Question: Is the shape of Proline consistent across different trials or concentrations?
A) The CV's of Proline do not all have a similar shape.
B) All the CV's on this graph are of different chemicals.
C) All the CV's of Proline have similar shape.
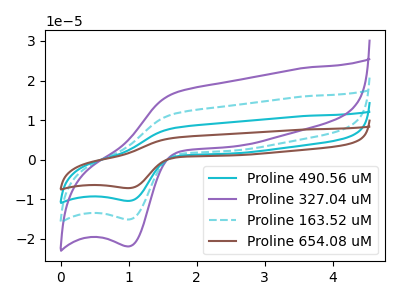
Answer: <think>The cyan curve "Proline 490.56 uM" has an anodic peak at (1.70V, 23.30uA) and a cathodic peak at (1.00V, -30.20uA). The purple curve "Proline 327.04 uM" has an anodic peak at (1.70V, 16.90uA) and a cathodic peak at (1.00V, -21.90uA). The cyan dashed curve "Proline 163.52 uM" has an anodic peak at (1.70V, 11.65uA) and a cathodic peak at (1.00V, -15.10uA). The brown curve "Proline 654.08 uM" has an anodic peak at (1.70V, 34.95uA) and a cathodic peak at (1.00V, -45.35uA).
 All the peaks in "Proline 490.56 uM" have a peak in "Proline 327.04 uM" at the same potential. Every peak in "Proline 490.56 uM" is higher than every peak in "Proline 327.04 uM". All the peaks in "Proline 490.56 uM" have a peak in "Proline 163.52 uM" at the same potential. Every peak in "Proline 490.56 uM" is higher than every peak in "Proline 163.52 uM". All the peaks in "Proline 490.56 uM" have a peak in "Proline 654.08 uM" at the same potential. Every peak in "Proline 490.56 uM" is lower than every peak in "Proline 654.08 uM". All the peaks in "Proline 327.04 uM" have a peak in "Proline 163.52 uM" at the same potential. Every peak in "Proline 327.04 uM" is higher than every peak in "Proline 163.52 uM". All the peaks in "Proline 327.04 uM" have a peak in "Proline 654.08 uM" at the same potential. Every peak in "Proline 327.04 uM" is lower than every peak in "Proline 654.08 uM". All the peaks in "Proline 163.52 uM" have a peak in "Proline 654.08 uM" at the same potential. Every peak in "Proline 163.52 uM" is lower than every peak in "Proline 654.08 uM".</think>
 <answer>C) All the CV's of "Proline" have similar shape.</answer>
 <eval>C</eval>